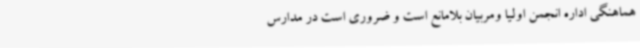
هماهنگی اداره انجمن اولیا ومربیان بلامانع است و ضروری است در مدارس